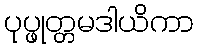
ပုပ္ဖုတ္တမဒါယိကာ